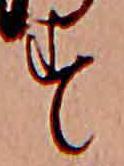
す